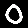
Digit: 0